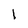
Character: l